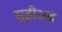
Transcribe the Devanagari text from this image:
सुहीअब